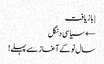
| بازیافت
← سیاسی دنگل
سال نو کے آغاز سے پہلے!